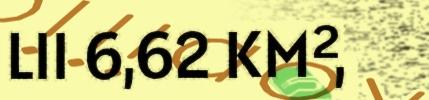
LII 6,62 KM²,